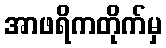
အာဖရိကတိုက်မှ